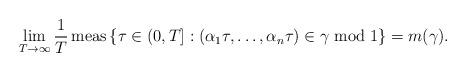
LaTeX: \begin{align*}\lim_{T\to\infty}\frac{1}{T}\operatorname{meas}\left\{\tau\in (0,T]: (\alpha_1\tau,\ldots,\alpha_n\tau)\in\gamma\bmod 1\right\} = m(\gamma).\end{align*}